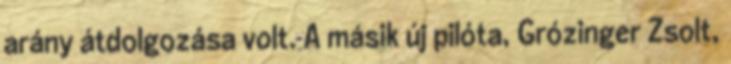
arány átdolgozása volt. A másik új pilóta, Grózinger Zsolt,